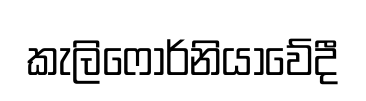
කැලිෆෝර්නියාවේදී